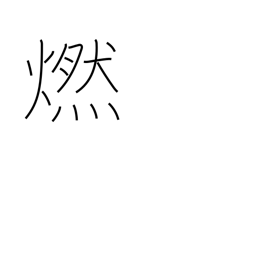
Meaning: glow